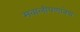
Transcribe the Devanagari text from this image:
मवालीपणानेच